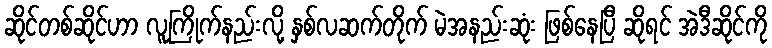
ဆိုင်တစ်ဆိုင်ဟာ လူကြိုက်နည်းလို့ နှစ်လဆက်တိုက် မဲအနည်းဆုံး ဖြစ်နေပြီ ဆိုရင် အဲဒီဆိုင်ကို